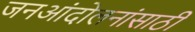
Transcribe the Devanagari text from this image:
जनआंदोलनांसाठी